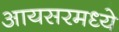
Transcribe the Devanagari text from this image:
आयसरमध्ये